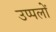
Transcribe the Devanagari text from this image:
उप्पलों